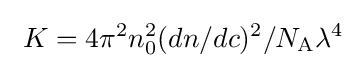
\ K=4\pi ^{2}n_{0}^{2}(dn/dc)^{2}/N_{\text{A}}\lambda ^{4}